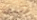
تتبعه